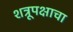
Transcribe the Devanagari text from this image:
शत्रूपक्षाचा